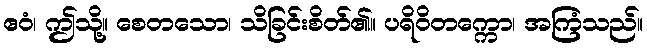
ဧဝံ၊ ဤသို့။ စေတသော၊ သိခြင်းစိတ်၏။ ပရိဝိတက္ကော၊ အကြံသည်။